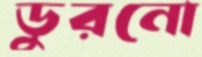
ডুরনো